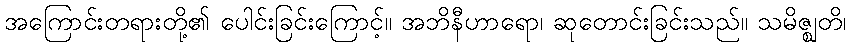
အကြောင်းတရားတို့၏ ပေါင်းခြင်းကြောင့်။ အဘိနီဟာရော၊ ဆုတောင်းခြင်းသည်။ သမိဇ္ဈတိ၊